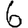
Digit: 6